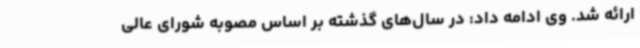
ارائه شد. وی ادامه داد: در سال‌های گذشته بر اساس مصوبه شورای عالی